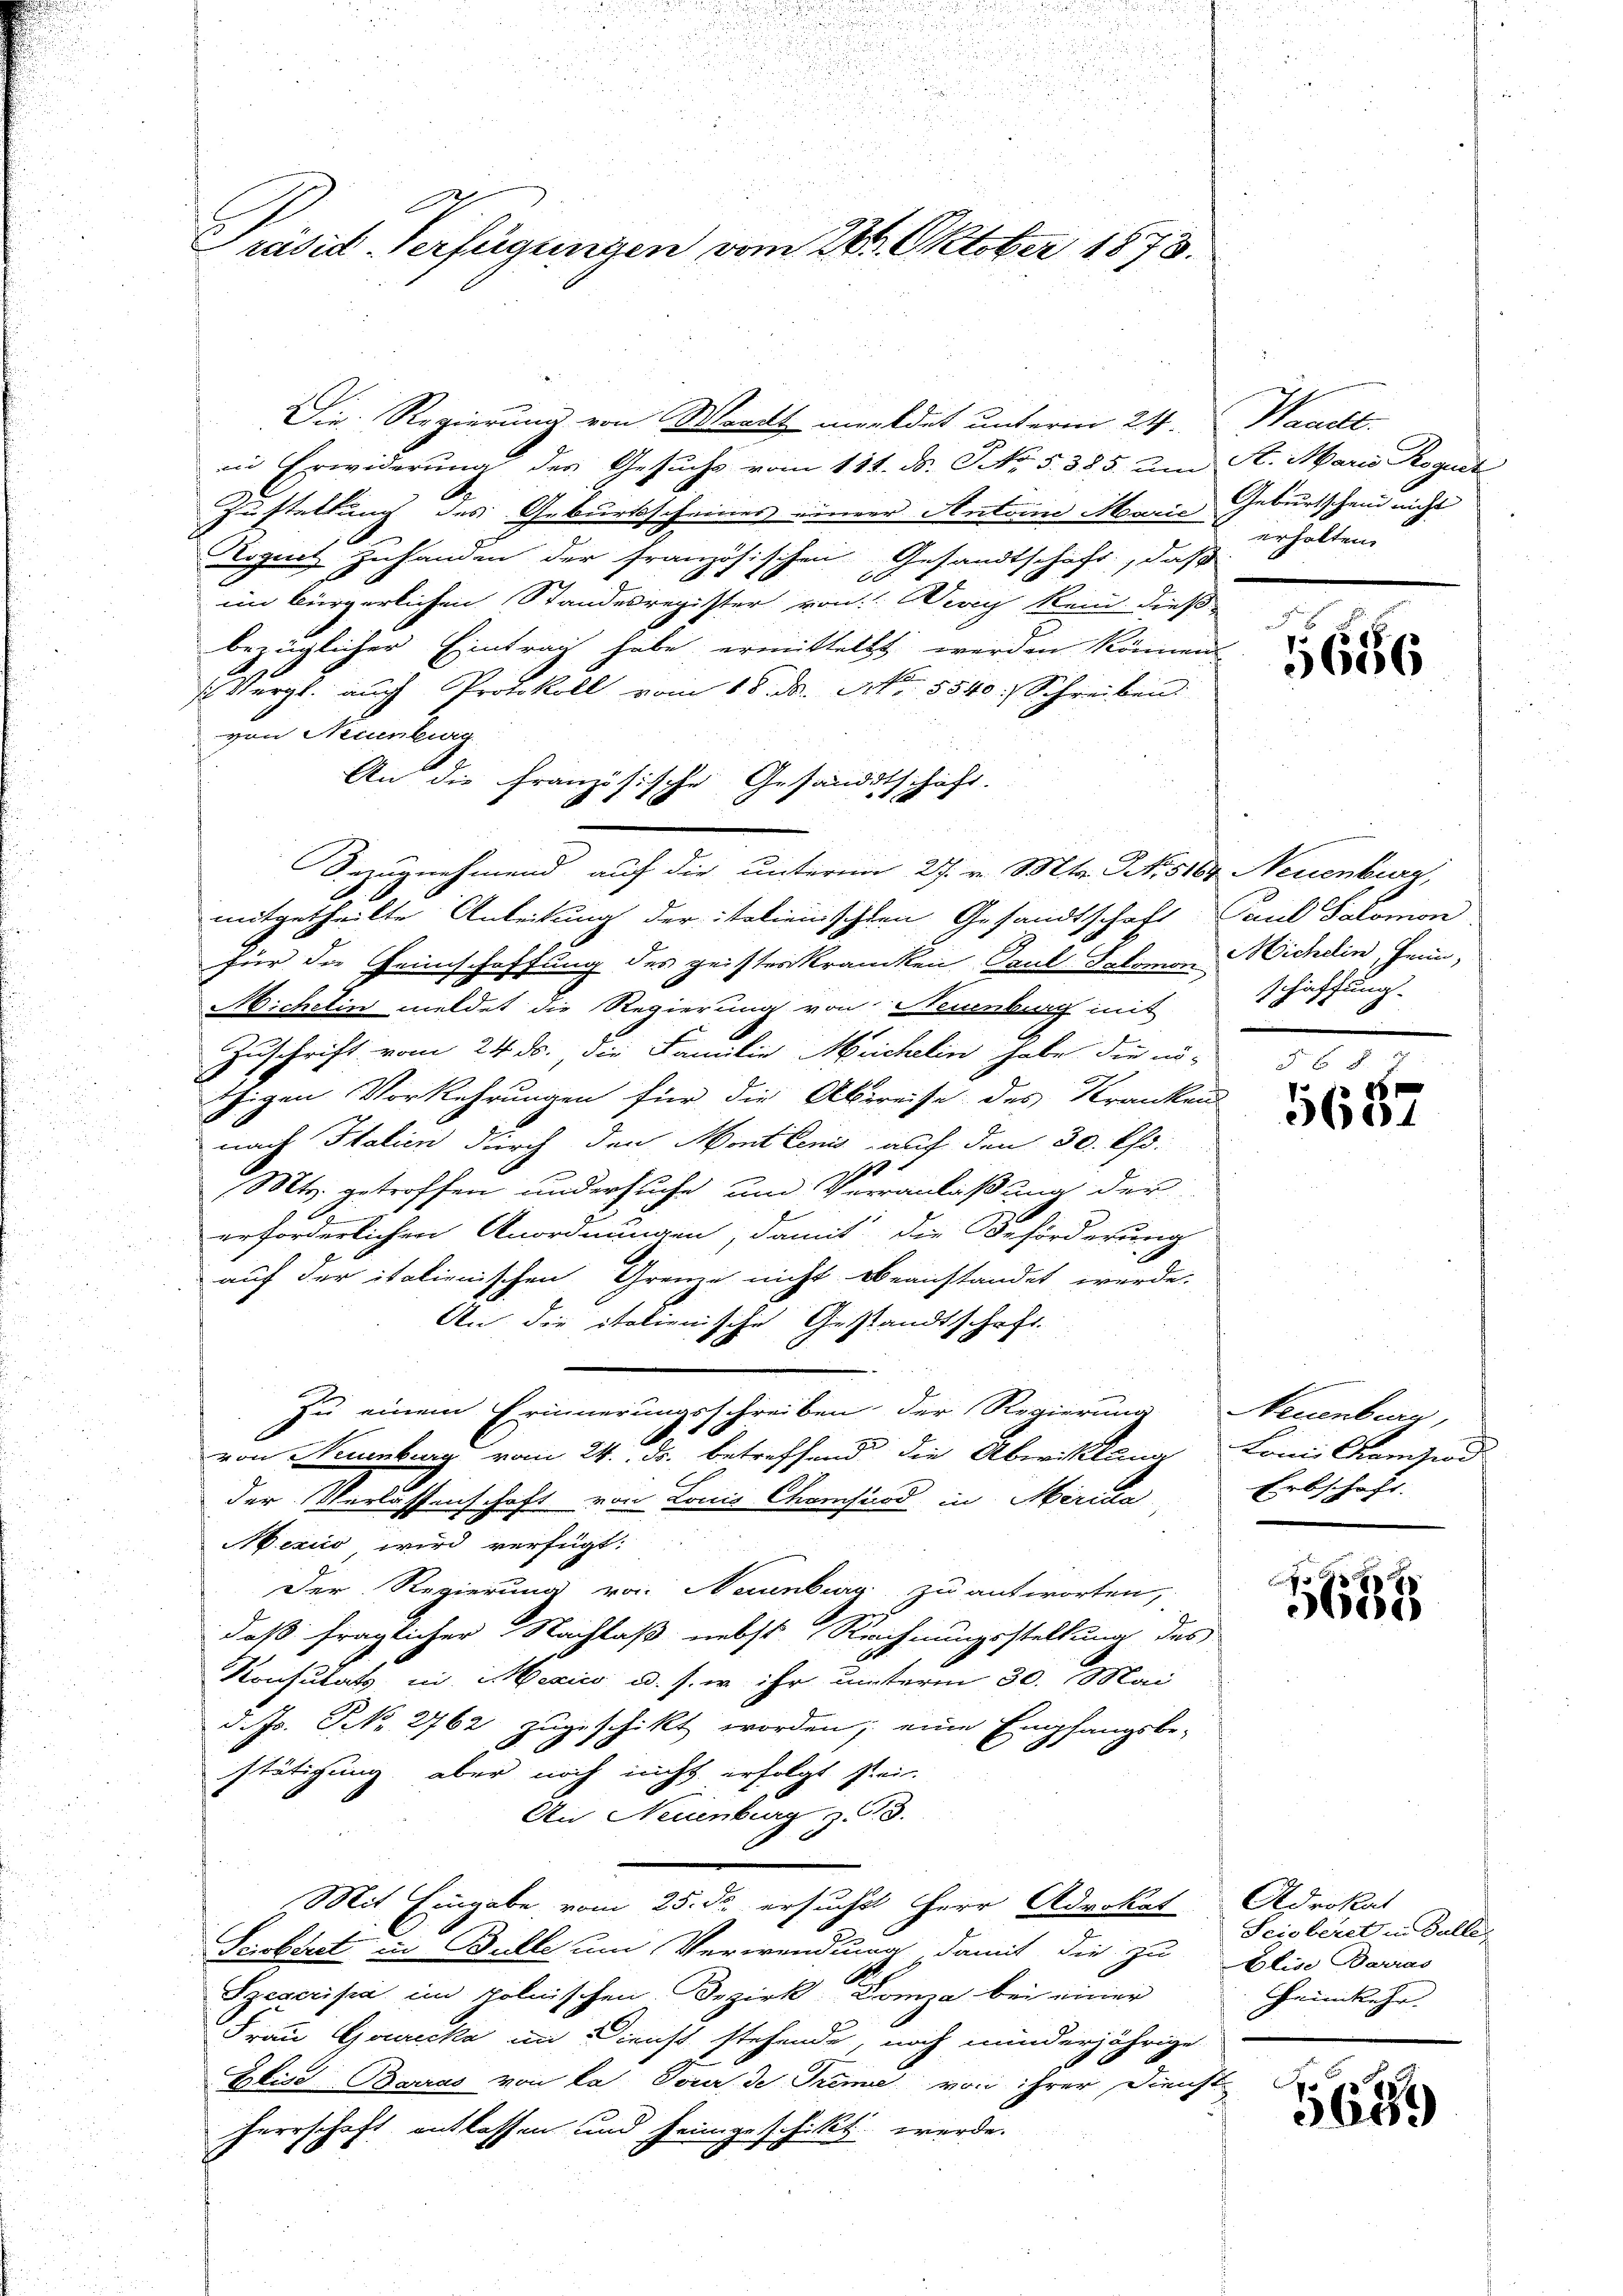
Präsid-Verfügungen vom 24. Oktober 1878.

Die Regierung von Wardt meldet unterm 24.
in Erwiderung des Gesuchs vom 111. ds. No. 5. 385. am St. Maria Roguet
Zustellung des Geburtscheines einer Anton Marie erhalten
Rognitz zuhanden der französischen Gesandtschaft, daß
im bürgerlichen Standesregister von Vevey kein dieß
bezüglicher Eintrag habe ermittelst werden können.
 Vergl. auch Protokoll vom 18. d. No. 5540. Schreiben
von Neuenburg
An die Französische Gesandtschaft.
Bezugnehmend auf die unterm 27. v. Mts. No 5164 Neuenburg,
mitgetheilte Anleitung der italienischten Gesandtschaft Paul Salomon
für die Heimschaffung des geisteskrancken Paul Salomon Wichein, Fein-
Michelin meldet die Regierung von Neuenburg mit
Zuschrift vom 24. ds. die Familie Michelin habe die nö-
tzigen Vorkehrungen für die Abreise des Kranken
nach Italien durch den Montlenis auf den 30. Chr.
170
Mts. getroffen und ersuche um Veranlaßung der
2
erforderlichen Anordnungen, damit die Beförderung
auf der italienischen Grenze nicht beanstandet werde.
An die italienische Gestandtschaft
zu einem Erinnerungsschreiben der Regierung Neuenburg,
A
von Neuenburg vom 24. ds. betreffend die Abwicklung
der Verlassenschaft von Louis Chorsard in Merida
Mexico wird verfügt:
Der Regierung von Neuenburg zu antworten,
daß fraglicher Nachlaß nebst Rechnungsstellung des
Konsulats, in Mexico u. s. w. ihr unterm 30. Mai
d. Js. N. 2762 zugeschikt worden; eine Empfangsbe-
stätigung, aber noch nicht erfolgt sei
An Neuenburg z. 13.
Mit Eingabe vom 25. ds. ersucht Herr Advokat
Scisberet in Bulle um Verwendung damit die zu
Szescripa im polnischen Bezirk Domza bei einer
Frau Gruecka an Dienst stehende, noch minderjährige
Elise Barras von la Tour de Tremie von ihrer Dienst
herrschaft entlassen und heimgeschickt werde.

Wandl
Geburtschein nicht

1656

schaffung

F. Bd. 7
5637

Lomni Campiod.
Erbschaft.

5685

Adrokat
Seisberet in Falle.
Alise Barras
Heimkehr.

568